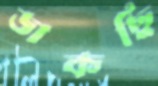
ডাকছি